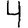
Digit: 4